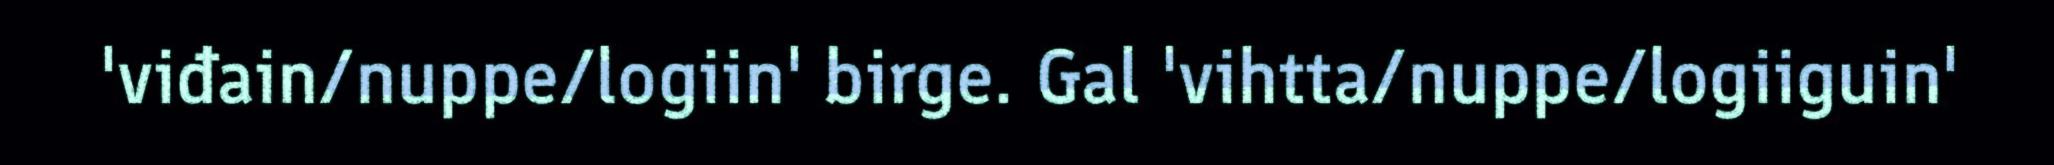
'viđain/nuppe/logiin' birge. Gal 'vihtta/nuppe/logiiguin'